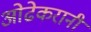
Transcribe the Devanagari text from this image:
ओढेकरानी